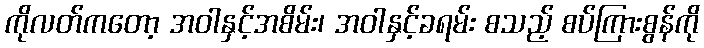
ကိုလတ်ကတော့ အဝါနှင့်အစိမ်း၊ အဝါနှင့်ခရမ်း စသည့် စပ်ကြားစွန်ကို